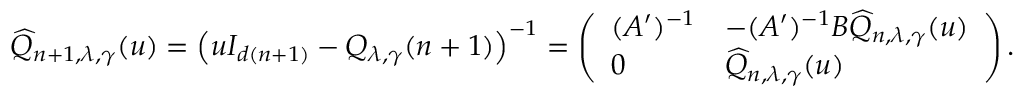
\widehat { Q } _ { n + 1 , \lambda , \gamma } ( u ) = \left( u I _ { d ( n + 1 ) } - Q _ { \lambda , \gamma } ( n + 1 ) \right) ^ { - 1 } = \left( \begin{array} { l l } { ( A ^ { \prime } ) ^ { - 1 } } & { - ( A ^ { \prime } ) ^ { - 1 } B \widehat { Q } _ { n , \lambda , \gamma } ( u ) } \\ { 0 } & { \widehat { Q } _ { n , \lambda , \gamma } ( u ) } \end{array} \right) .